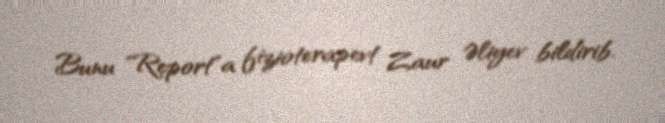
Bunu "Report"a fizioterapevt Zaur Əliyev bildirib.